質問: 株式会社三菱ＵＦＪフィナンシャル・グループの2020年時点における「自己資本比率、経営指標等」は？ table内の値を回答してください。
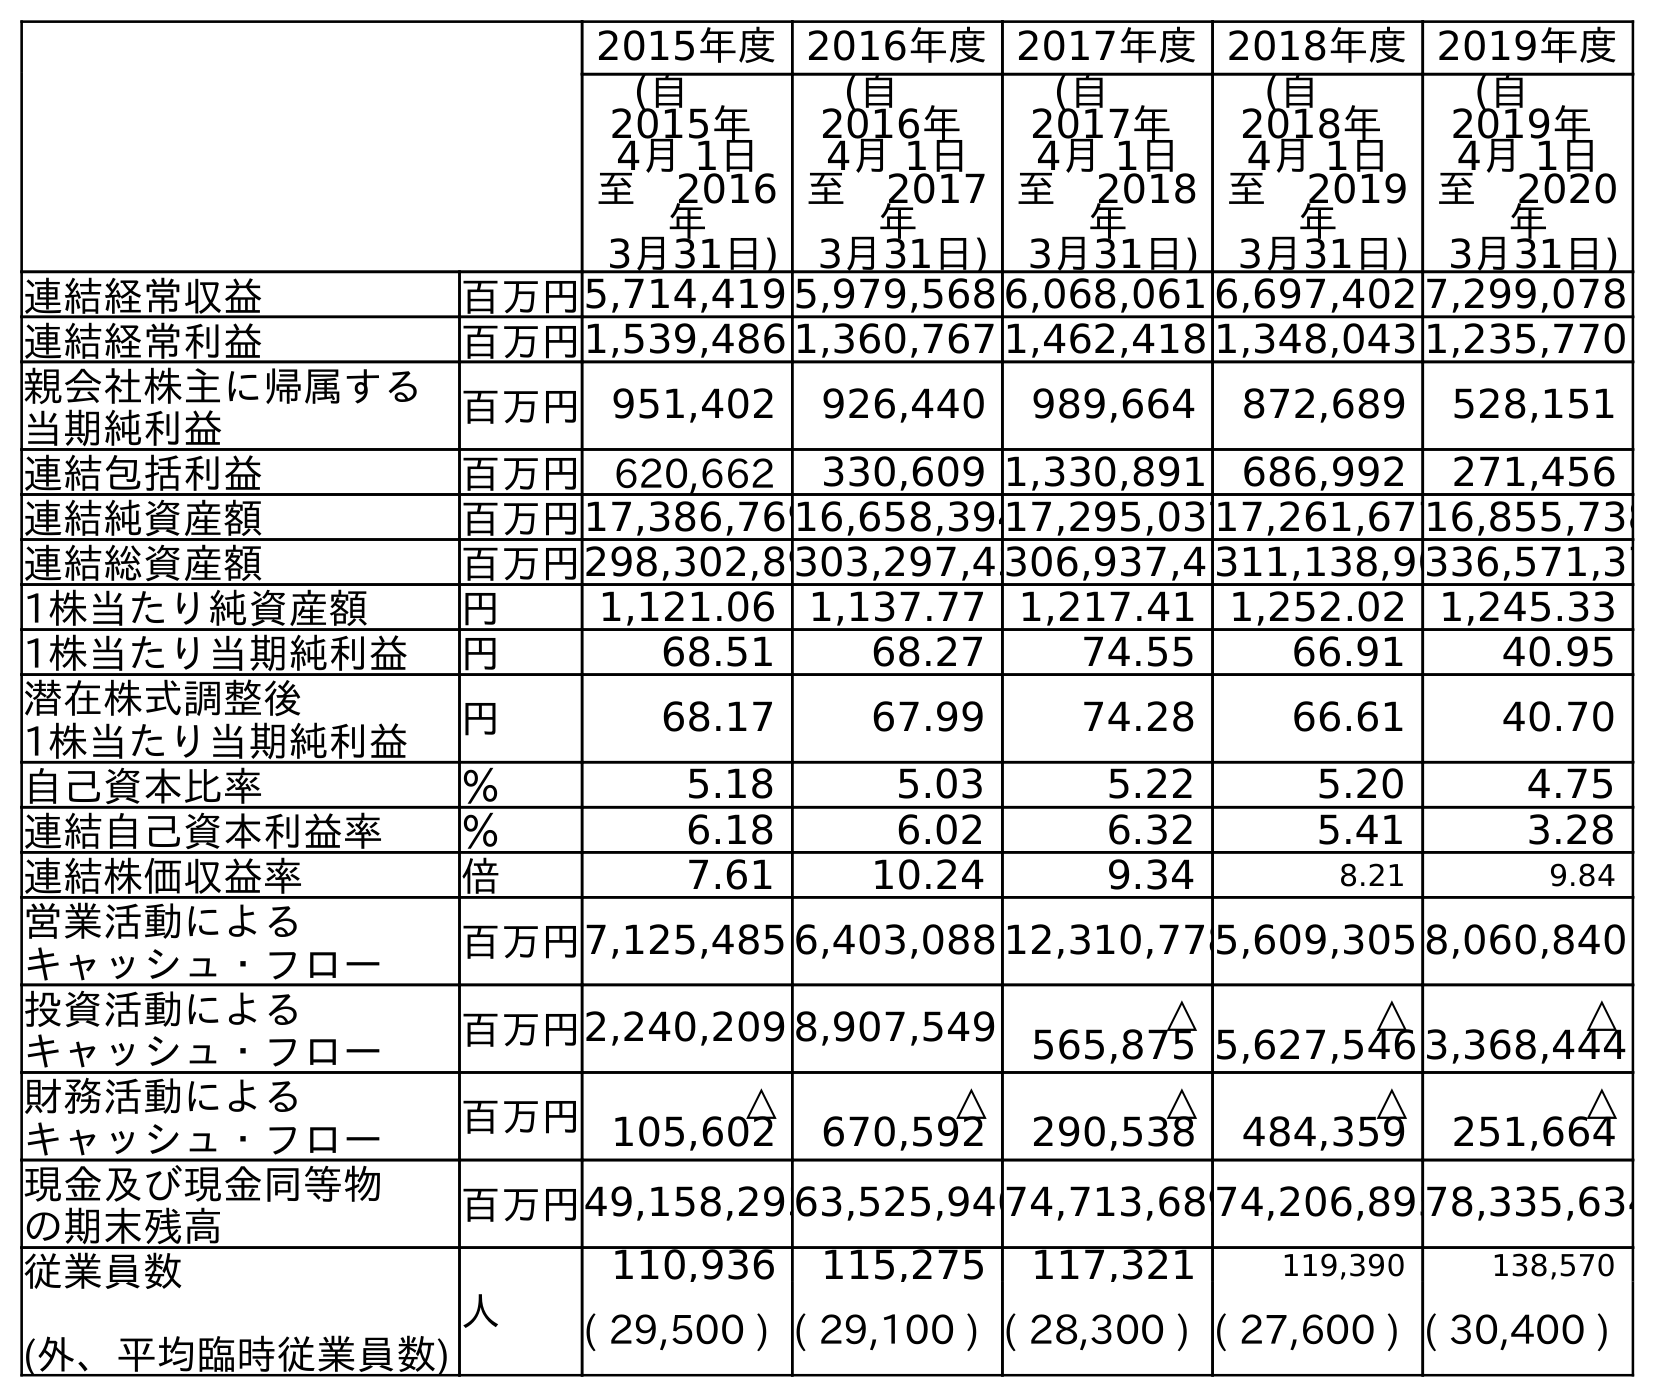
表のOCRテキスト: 2015年度2016年度2017年度2018年度2019年度 (自  2015年 4月 1日 至 2016 年 3月31日) (自  2016年 4月 1日 至 2017 年 3月31日) (自  2017年 4月 1日 至 2018 年 3月31日) (自  2018年 4月 1日 至 2019 年 3月31日) (自  2019年 4月 1日 至 2020 年 3月31日) 連結経常収益 百万円5,714,419 5,979,568 6,068,061 6,697,402 7,299,078 連結経常利益 百万円1,539,486 1,360,767 1,462,418 1,348,043 1,235,770 親会社株主に帰属する 当期純利益 百万円951,402 926,440 989,664 872,689 528,151 連結包括利益 百万円 620,662 330,609 1,330,891 686,992 271,456 連結純資産額 百万円17,386,76916,658,39417,295,03717,261,67716,855,738 連結総資産額 百万円298,302,89303,297,43306,937,4 311,138,90336,571,37 1株当たり純資産額 円 1,121.06 1,137.77 1,217.41 1,252.02 1,245.33 1株当たり当期純利益 円 68.51 68.27 74.55 66.91 40.95 潜在株式調整後 1株当たり当期純利益 円 68.17 67.99 74.28 66.61 40.70 自己資本比率 ％ 5.18 5.03 5.22 5.20 4.75 連結自己資本利益率 ％ 6.18 6.02 6.32 5.41 3.28 連結株価収益率 倍 7.61 10.24 9.34 8.21 9.84 営業活動による キャッシュ・フロー 百万円7,125,485 6,403,088 12,310,7785,609,305 8,060,840 投資活動による キャッシュ・フロー 百万円2,240,209 8,907,549 △ 565,875 △ 5,627,546 △ 3,368,444 財務活動による キャッシュ・フロー 百万円 △ 105,602 △ 670,592 △ 290,538 △ 484,359 △ 251,664 現金及び現金同等物 の期末残高 百万円49,158,29363,525,94074,713,68974,206,89578,335,634 従業員数 (外、平均臨時従業員数) 人 110,936 115,275 117,321 119,390 138,570 ( 29,500 ) ( 29,100 ) ( 28,300 ) ( 27,600 ) ( 30,400 )
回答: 4.75